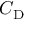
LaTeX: C _ { \mathrm { D } }